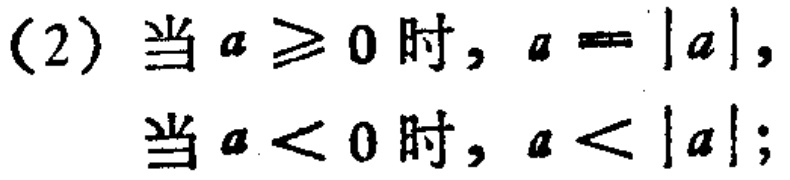
(2) 当 \(a \geq 0\) 时, \(a = |a|\),

当 \(a < 0\) 时, \(a < |a|\);